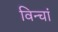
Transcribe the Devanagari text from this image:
विन्चां